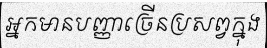
អ្នកមានបញ្ញាច្រើនប្រសព្វក្នុង